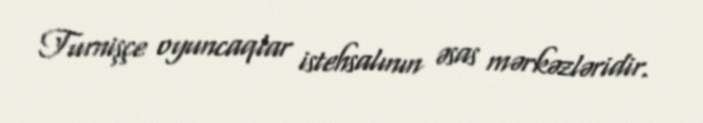
Turnişçe oyuncaqlar istehsalının əsas mərkəzləridir.